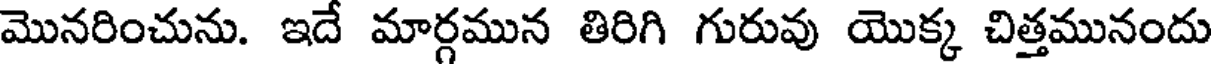
మొనరించును. ఇదే మార్గమున తిరిగి గురువు యొక్క చిత్తమునందు